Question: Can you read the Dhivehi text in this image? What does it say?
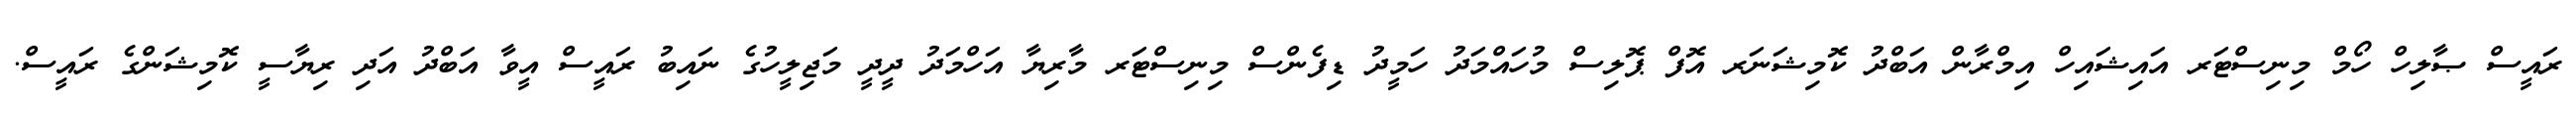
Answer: ރައީސް ޞާލިހް ހޯމް މިނިސްޓަރ އައިޝައިހް އިމްރާން އަބްދު ކޮމިޝަނަރ އޮފް ޕޮލިސް މުހައްމަދު ހަމީދު ޑިފެންސް މިނިސްޓަރ މާރިޔާ އަހްމަދު ދީދީ މަޖިލީހުގެ ނައިބު ރައީސް އީވާ އަބްދު އަދި ރިޔާސީ ކޮމިޝަންގެ ރައީސް.